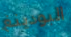
البودينغ